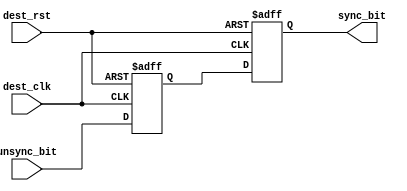

/////////////////////////////////////////////////////////////
///////////////////// bit synchronizer //////////////////////
/////////////////////////////////////////////////////////////

module BIT_SYNC # ( parameter bus_width = 8 )
(
input    wire                      dest_clk,
input    wire                      dest_rst,
input    wire                      unsync_bit,
output   wire                      sync_bit
);


reg              meta_flop  , 
                 sync_flop  ;
					 
//----------------- double flop synchronizer --------------

always @(posedge dest_clk or negedge dest_rst)
 begin
  if(!dest_rst)      // active low
   begin
    meta_flop <= 1'b0 ;
    sync_flop <= 1'b0 ;	
   end
  else
   begin
    meta_flop <= unsync_bit;
    sync_flop <= meta_flop ;
   end  
 end
 


assign  sync_bit = sync_flop ;



endmodule